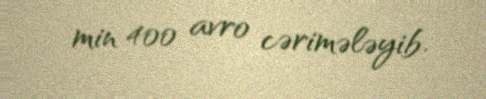
min 400 avro cərimələyib.